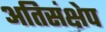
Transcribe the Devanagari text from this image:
अतिसंक्षेप